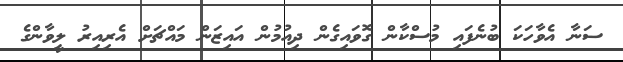
ސަނާ އެވާހަކަ ބުނެފައި މުސްކާން ގޮވައިގެން ދިއުމުން އައިޒަން މައްޗަށް އެރިއިރު ލީވާންގެ